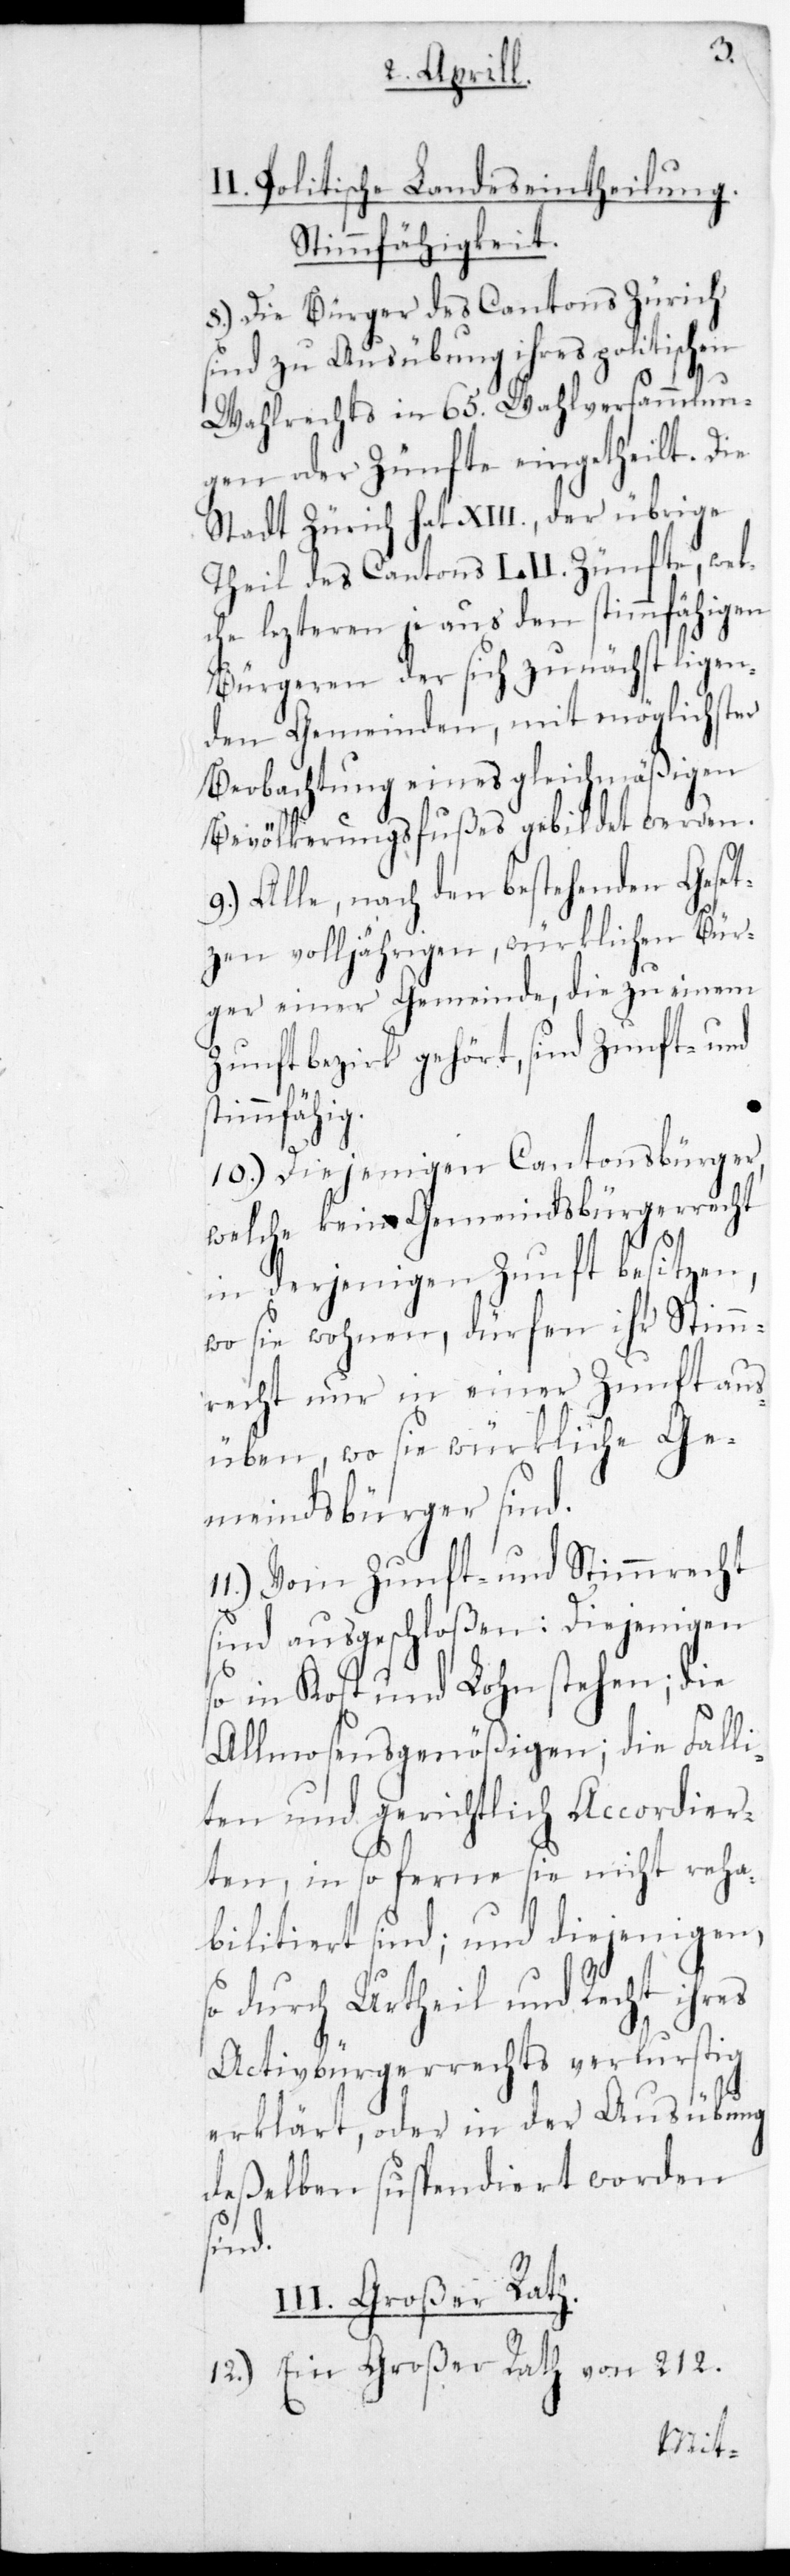
II. Politische Landeseintheilung.
Stimmfähigkeit.
8.) Die Bürger des Cantons Zürich
sind zu Ausübung ihres politischen
Wahlrechts in 65. Wahlversammlun¬
gen oder Zünfte eingetheilt. Die
Stadt Zürich hat XIII., der übrige
Theil des Cantons LII. Zünfte, welc¬
he letzteren je aus den stimmfähigen
Bürgeren der sich zunächst ligen¬
den Gemeinden, mit möglichster
Beobachtung eines gleichmäßigen
Bevölkerungsfußes gebildet werden.
9.) Alle nach den bestehenden Geset¬
zen volljährigen, würklichen Bür¬
ger einer Gemeinde, die zu einem
Zunftbezirk gehört, sind Zunft- und
stimmfähig.
10.) Diejenigen Cantonsbürger,
welche kein Gemeindsbürgerrecht
in derjenigen Zunft besitzen,
wo sie wohnen, dürfen ihr Stimm¬
recht nur in einer Zunft aus¬
üben, wo sie würkliche Ge¬
meindsbürger sind.
11.) Vom Zunft- und Stimmrecht
sind ausgeschloßen: Diejenigen
die
so in Kost und Lohn steh¬
Allmosengenößigen; die Falli¬
ten und gerichtlich Accordier¬
ten, in so ferne sie nicht reha¬
bilitiert sind; und diejenigen,
so durch Urtheil und Recht ihres
Activbürgerrechts verlustig
erklärt, oder in der Ausübung
deßelben suspendiert worden
sind.
III. Großer Rath.
12.) Ein Großer Rath von 212.